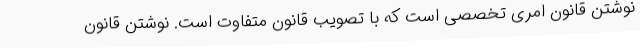
نوشتن قانون امری تخصصی است که با تصویب قانون متفاوت است. نوشتن قانون